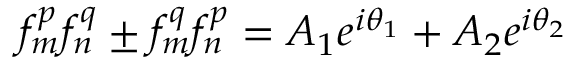
f _ { m } ^ { p } f _ { n } ^ { q } \pm f _ { m } ^ { q } f _ { n } ^ { p } = A _ { 1 } e ^ { i \theta _ { 1 } } + A _ { 2 } e ^ { i \theta _ { 2 } }